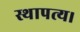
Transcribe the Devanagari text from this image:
स्थापत्य।